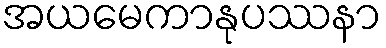
အယမေကာနုပဿနာ